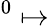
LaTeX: ^0\mapsto